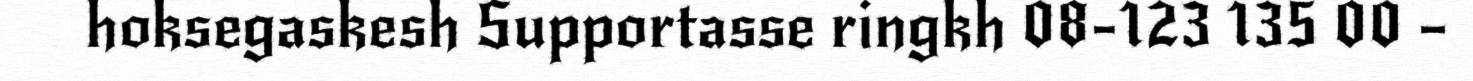
hoksegaskesh Supportasse ringkh 08-123 135 00 –